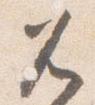
兀